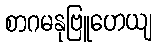
စာဂမနုဗြူဟေယျ